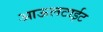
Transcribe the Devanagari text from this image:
आऊलटाईट